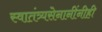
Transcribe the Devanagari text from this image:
स्वातंत्र्यसेनानींनीही